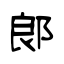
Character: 郞